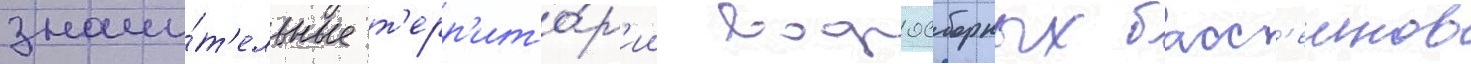
значи́т'ельные т'ерр'ито́р'ии водосборных басс'еинов